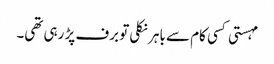
مہستی کسی کام سے باہر نکلی تو برف پڑ رہی تھی۔